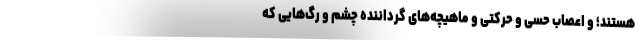
هستند؛ و اعصاب حسی و حرکتی و ماهیچه‌های گرداننده چشم و رگ‌هایی که